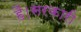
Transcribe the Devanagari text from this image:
हैं।सरकारी